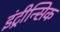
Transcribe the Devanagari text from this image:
इंट्रीन्सिक